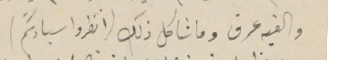
والفيه عرق وما شاكل ذلك (انظروا سيادتكم)